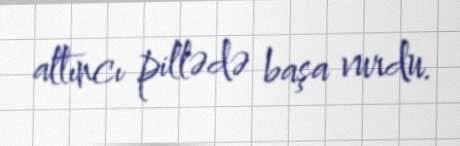
altıncı pillədə başa vurdu.